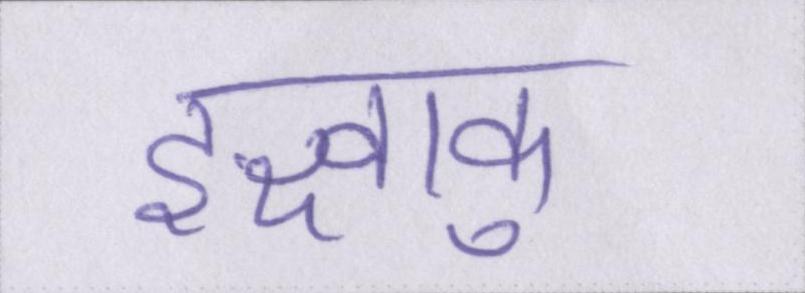
इक्ष्वाकु